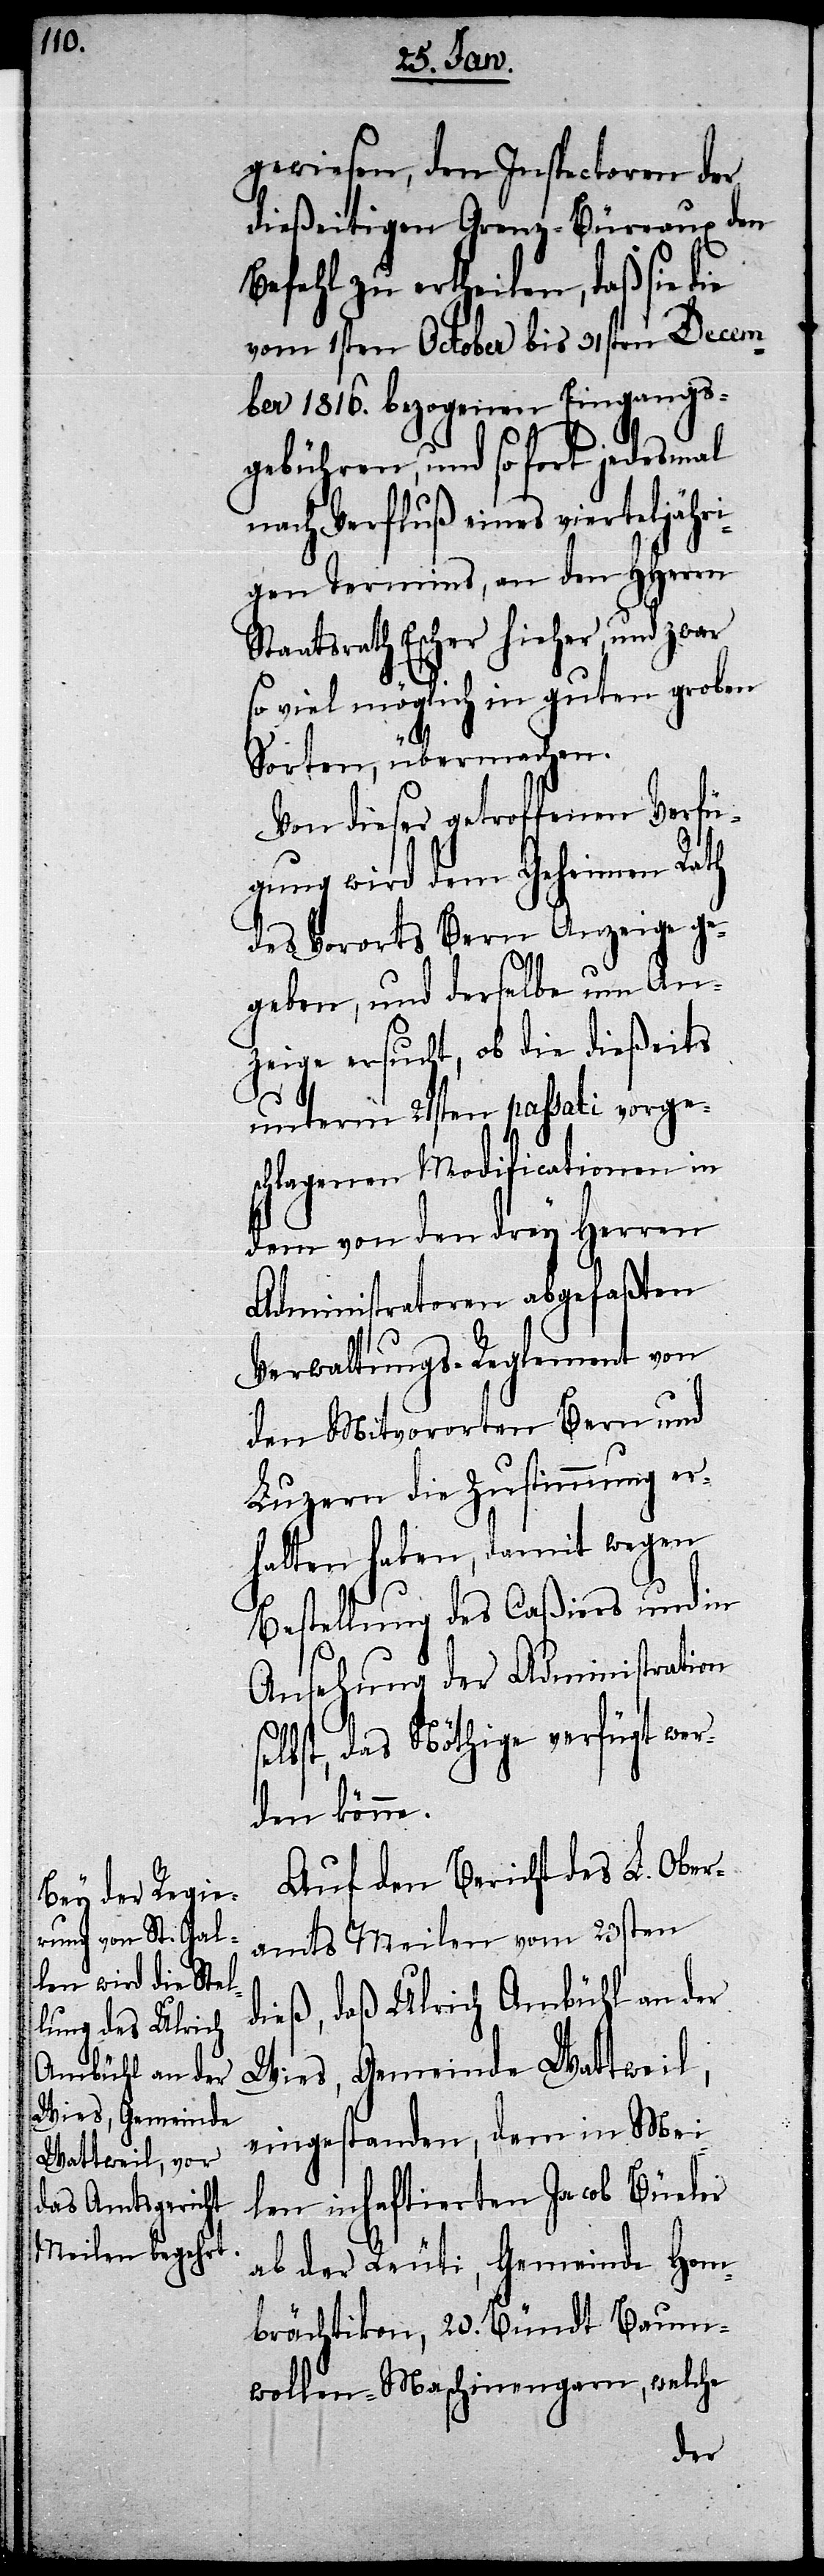
gewiesen, den Inspectoren der
dießeitigen Grenz-Büreaux den
Befehl zu ertheilen, daß sie die
vom 1sten October bis 31sten Decem¬
ber 1816. bezogenen Eingangs¬
gebühren, und so fort jedesmal
nach Verfluß eines vierteljähri¬
gen Termins, an den HHerrn
Staatsrath Escher hieher, und zwar
so viel möglich in guten groben
Sorten, übermachen.
Von dieser getroffenen Verfü¬
gung wird dem Geheimen Rath
des Vororts Bern Anzeige ge¬
geben, und derselbe um An¬
zeige ersucht, ob die dießeits
unterm 21sten passati vorge¬
schlagenen Modificationen in
dem von den drey Herren
Administratoren abgefaßten
Verwaltungs-Reglement von
den Mitvororten Bern und
Luzern die Zustimmung er¬
halten haben, damit wegen
Bestellung des Caßiers und in
Ansehung der Administration
selbst, das Nöthige verfügt wer¬
den könne.
Auf den Bericht des L. Ober¬
amts Meilen vom 23sten
dieß, daß Ulrich Ambühl an der
Wies, Gemeinde Wattweil,
eingestanden, dem in Mei¬
len inhaftierten Jacob Büeler
ab der Reuti, Gemeinde Hom¬
brächtikon, 20. Bündt Baum¬
wollen-Maschinengarn, welche